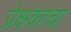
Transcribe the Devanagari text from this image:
प्रेक्षकाचा